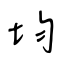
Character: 均